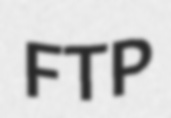
FTP